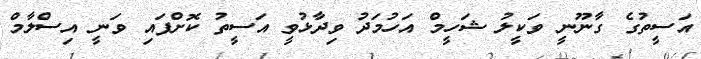
އަސީތުގެ ގާނޫނީ ވަކީލު ޝަހީމް އަހުމަދު ވިދާޅުވީ އަސީތު ކޮށްފައި ވަނީ އިސްލާމް